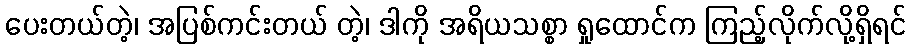
ပေးတယ်တဲ့၊ အပြစ်ကင်းတယ် တဲ့၊ ဒါကို အရိယသစ္စာ ရှုထောင်က ကြည့်လိုက်လို့ရှိရင်